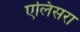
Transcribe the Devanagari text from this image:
एलिसरा